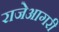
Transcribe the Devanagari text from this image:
राजेआगरी